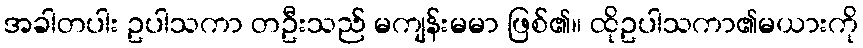
အခါတပါး ဥပါသကာ တဦးသည် မကျန်းမမာ ဖြစ်၏။ ထိုဥပါသကာ၏မယားကို